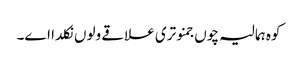
کوہ ہمالیہ چوں جمنوتری علاقے ولوں نکلدا اے۔